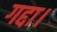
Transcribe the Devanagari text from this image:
गद्दा।